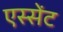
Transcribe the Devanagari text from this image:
एस्सेंट